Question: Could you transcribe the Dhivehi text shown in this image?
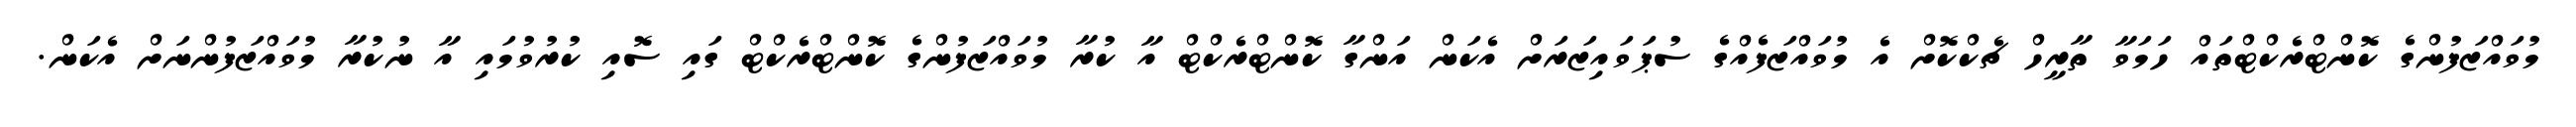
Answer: މުވައްޒަފުންގެ ކޮންޓްރެކްޓްތައް ހަމަވާ ތާރީހް ޗެކްކޮށް އެ މުވައްޒަފެއްގެ ސުޕަވައިޒަރަށް އެކަން އަންގާ ކޮންޓްރެކްޓް އާ ކުރާ މުވައްޒަފުންގެ ކޮންޓްރެކްޓް ގައި ސޮއި ކުރުވުމައި އާ ނުކުރާ މުވައްޒަފުންނަށް އެކަން.